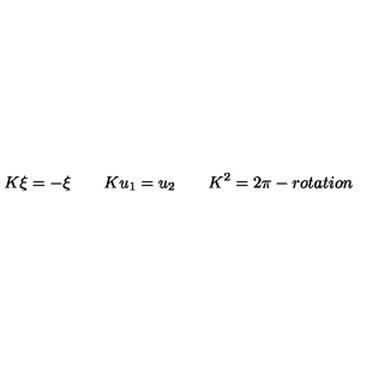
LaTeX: K \xi = - \xi \qquad K u _ { 1 } = u _ { 2 } \qquad K ^ { 2 } = 2 \pi - r o t a t i o n